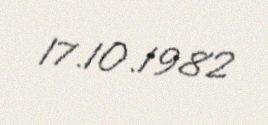
17.10.1982